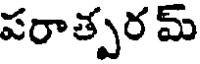
పరాత్పర మ్